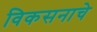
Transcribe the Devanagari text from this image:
विकसनाचे